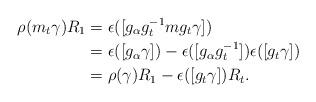
LaTeX: \begin{align*}\rho(m_t\gamma)R_1 &= \epsilon([g_\alpha g_t^{-1}mg_t\gamma]) \\&= \epsilon([g_\alpha\gamma]) - \epsilon([g_\alpha g_t^{-1}])\epsilon([g_t \gamma]) \\ &= \rho(\gamma)R_1 - \epsilon([g_t\gamma])R_t.\end{align*}